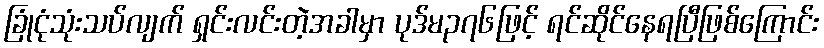
ခြုံငုံသုံးသပ်လျက် ရှင်းလင်းတဲ့အခါမှာ ပုဒ်မ၃၇၆ဖြင့် ရင်ဆိုင်နေရပြီဖြစ်ကြောင်း